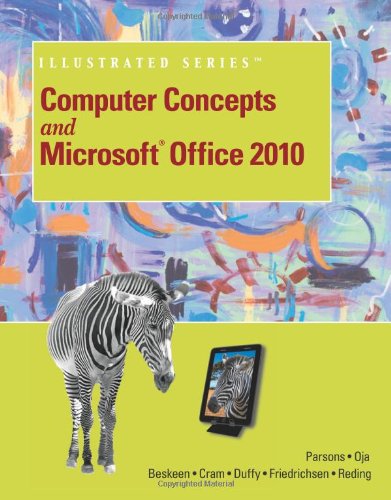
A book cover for Computer Concepts and Microsoft Office 2010 Illustrated (Computer Concepts and Microsoft Office Illustrated Series); June Jamrich Parsons; Computers & Technology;